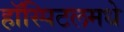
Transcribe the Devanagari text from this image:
हॉस्पिटलमधे